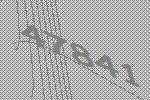
47841